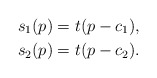
\begin{align*}s_{1}(p) & =t(p-c_{1}), \\s_{2}(p) & =t(p-c_{2}).\end{align*}